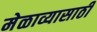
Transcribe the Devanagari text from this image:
मेळाव्यासाठी